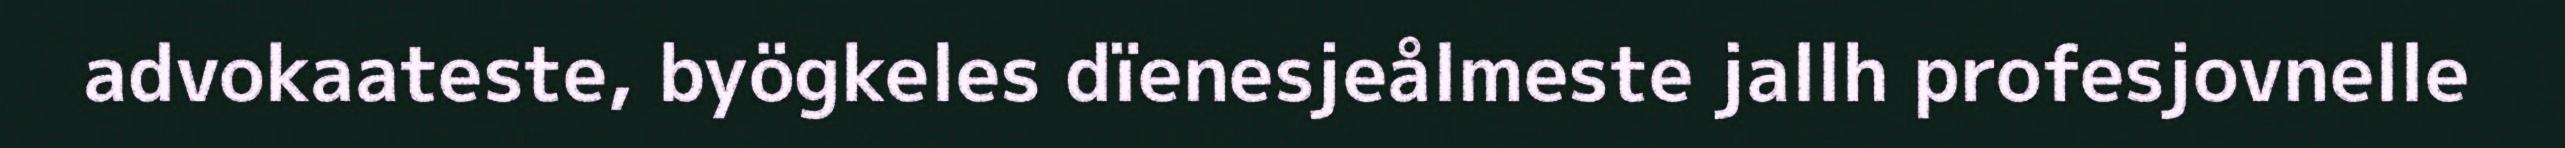
advokaateste, byögkeles dïenesjeålmeste jallh profesjovnelle